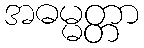
အဓမ္မတ္တာ